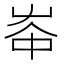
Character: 𡴑